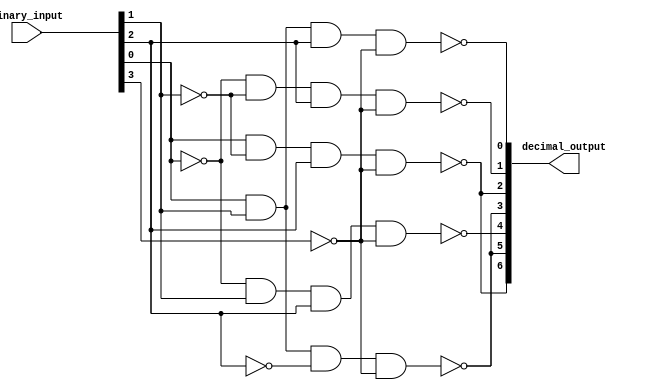
module BCD_decoder (
    input [3:0] binary_input,
    output [6:0] decimal_output
);

assign decimal_output[0] = ~(binary_input[0] & binary_input[1] & binary_input[2] & ~binary_input[3]); // segment a
assign decimal_output[1] = ~(~binary_input[0] & ~binary_input[1] & binary_input[2] & ~binary_input[3]); // segment b
assign decimal_output[2] = ~(binary_input[0] & ~binary_input[1] & binary_input[2] & ~binary_input[3]); // segment c
assign decimal_output[3] = ~(binary_input[0] & binary_input[1] & ~binary_input[2] & ~binary_input[3]); // segment d
assign decimal_output[4] = ~(~binary_input[0] & binary_input[1] & binary_input[2] & ~binary_input[3]); // segment e
assign decimal_output[5] = ~(binary_input[0] & binary_input[1] & ~binary_input[2] & ~binary_input[3]); // segment f
assign decimal_output[6] = ~(binary_input[0] & ~binary_input[1] & binary_input[2] & ~binary_input[3]); // segment g

endmodule